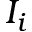
I _ { i }